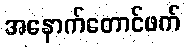
အနောက်တောင်ဖက်